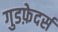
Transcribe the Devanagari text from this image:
गुडफ़ेदर्स